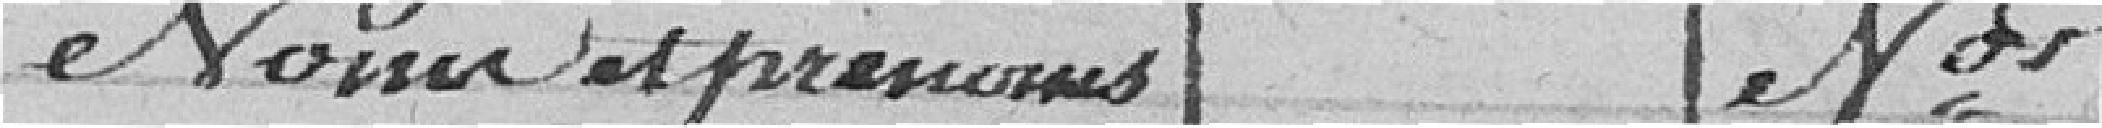
Nom et prénoms N°